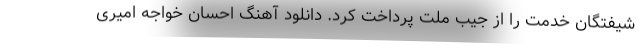
شیفتگان خدمت را از جیب ملت پرداخت کرد. دانلود آهنگ احسان خواجه امیری